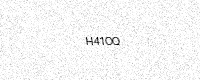
Text: H41OQ